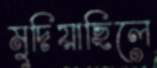
মুদিয়াছিলে